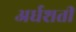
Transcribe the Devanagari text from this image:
अर्धशती